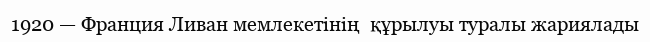
1920 — Франция Ливан мемлекетінің  құрылуы туралы жариялады